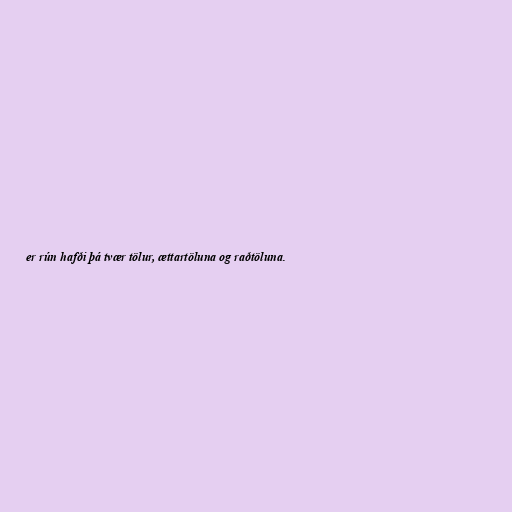
er rún hafði þá tvær tölur, ættartöluna og raðtöluna.